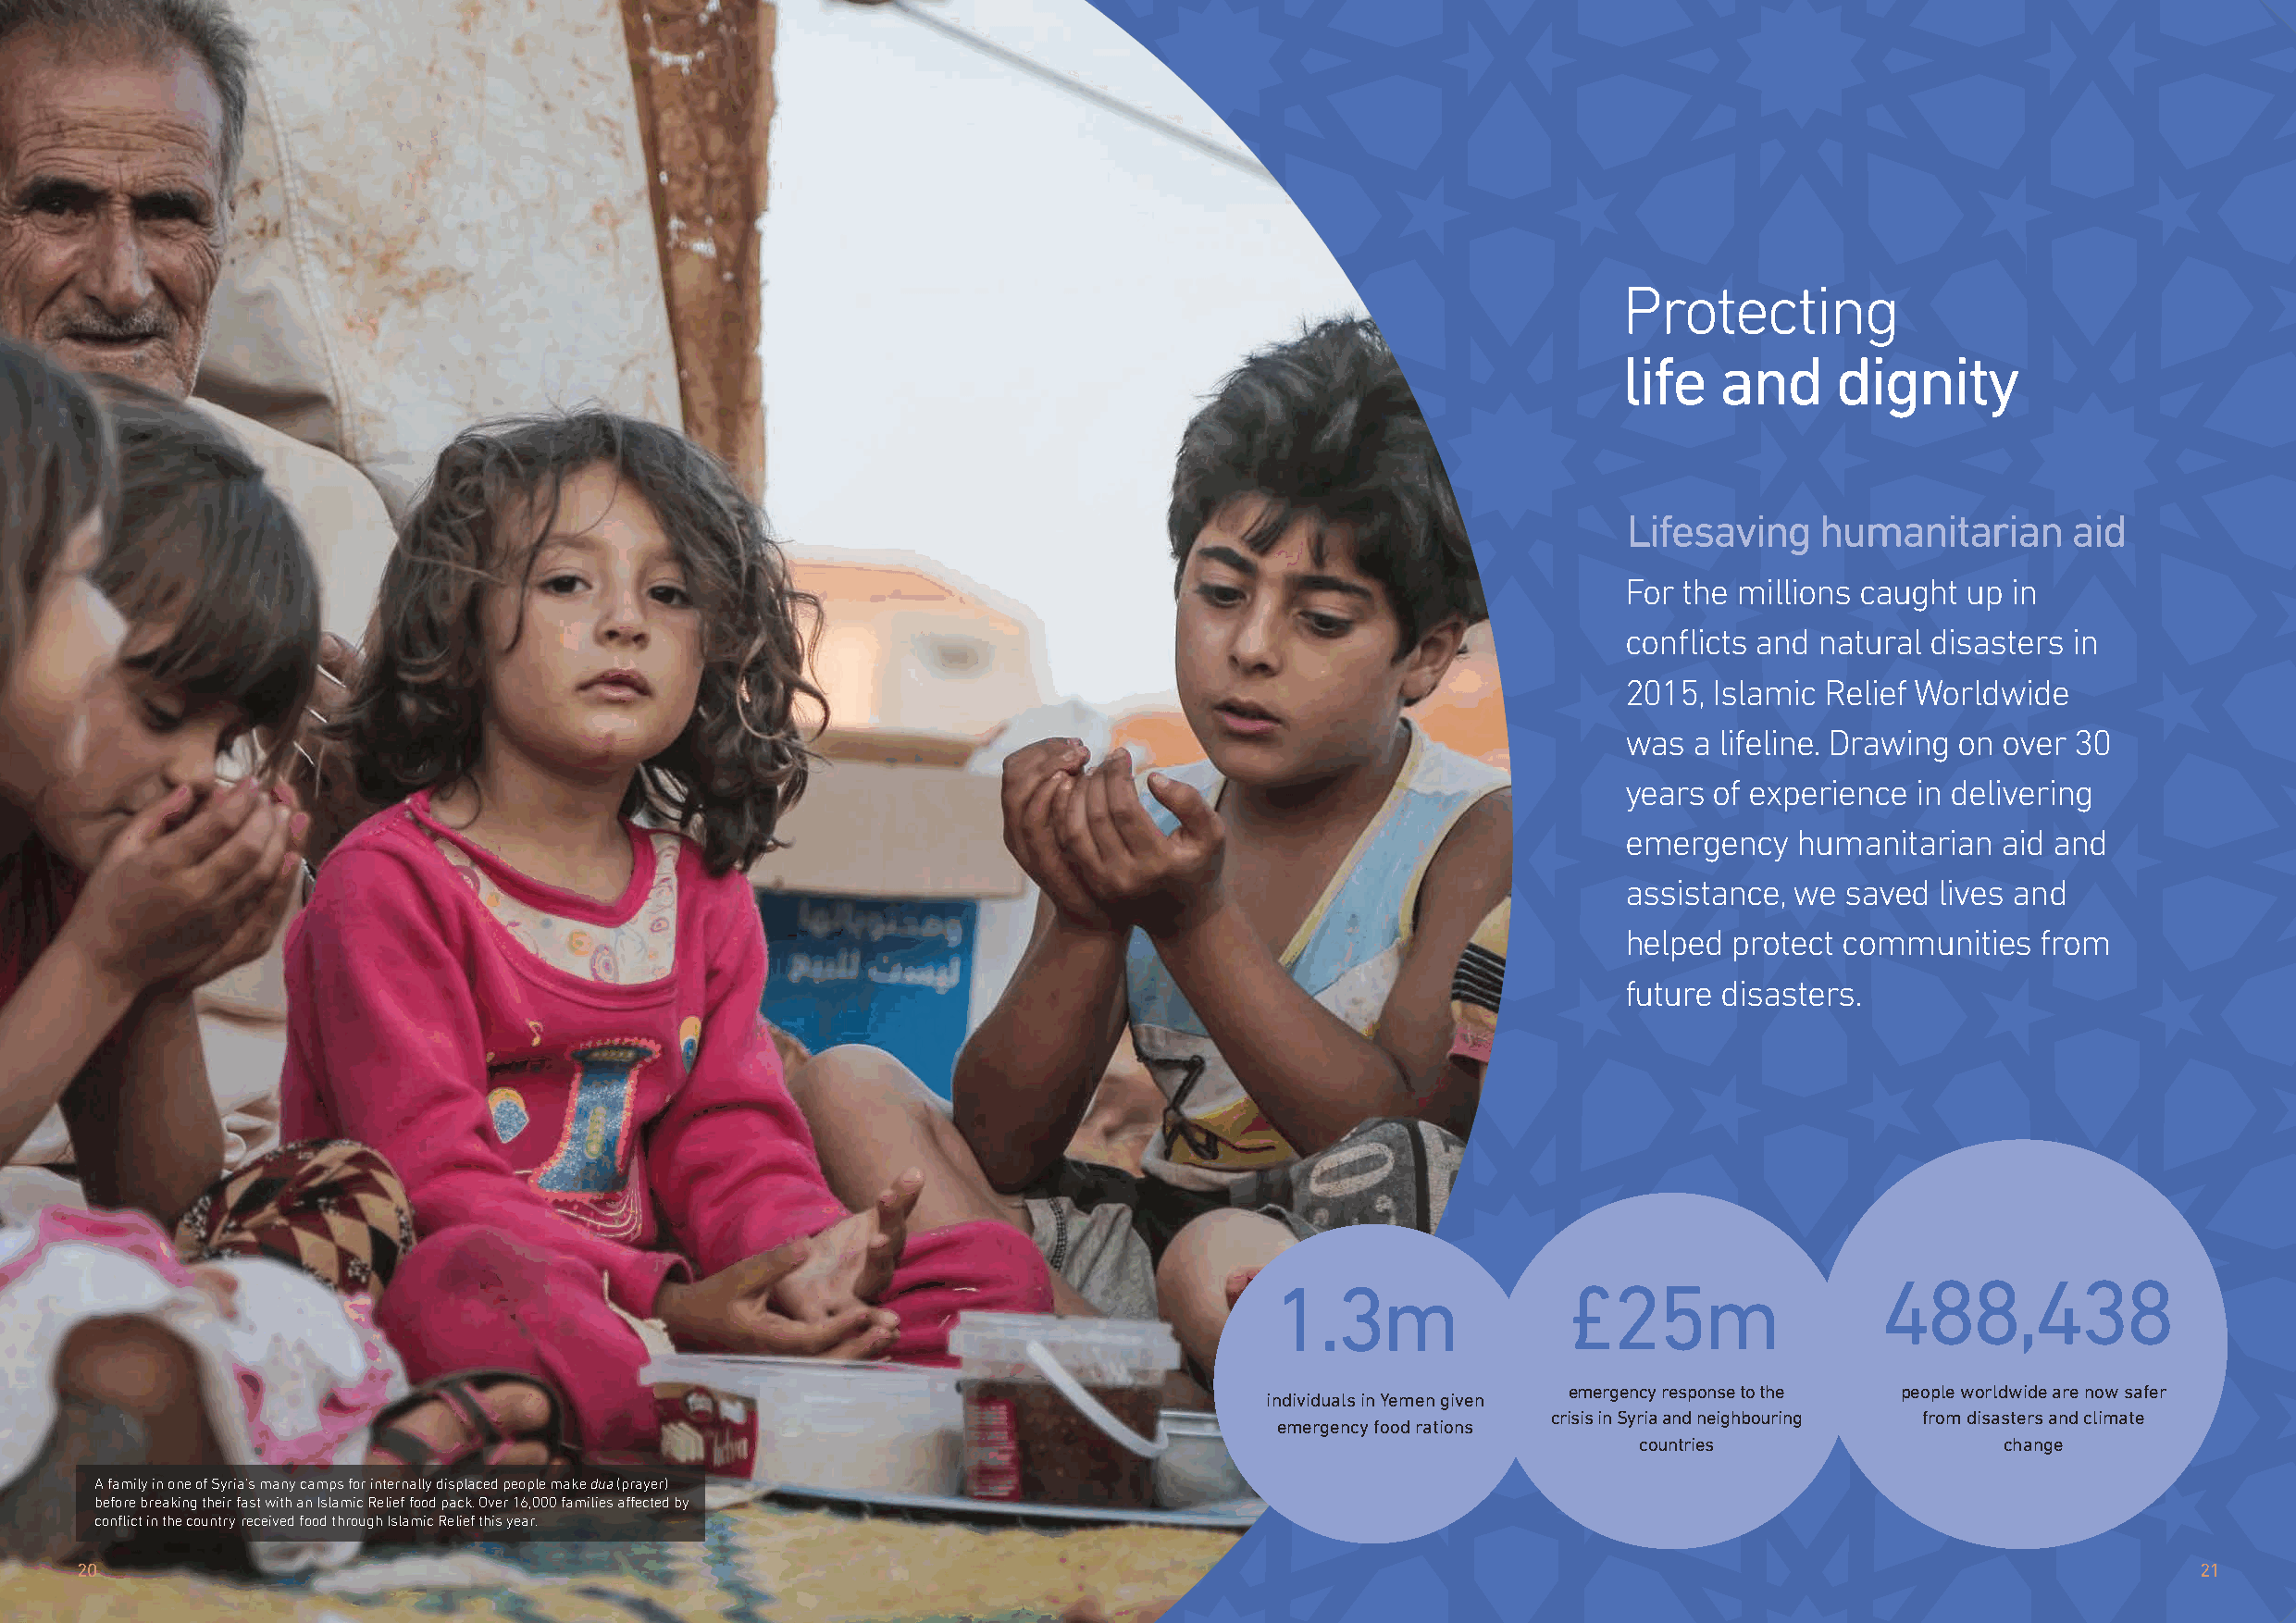
Protecting
 life   and     dignity
 Lifesaving    humanitarian      aid
 For the millions caught  up in
 conflicts and natural disasters in
 2015, Islamic  Relief Worldwide
 was  a lifeline. Drawing on over 30
 years  of experience in delivering
 emergency   humanitarian   aid and
 assistance, we  saved  lives and
 helped  protect communities   from
 future disasters.
 1.3m                 £25m                   488,438
 emergency response to the people worldwide are now safer
 individuals in Yemen given
 crisis in Syria and neighbouring from disasters and climate
 emergency food rations
 countries                 change
 A family in one of Syria’s many camps for internally displaced people make dua (prayer)
 before breaking their fast with an Islamic Relief food pack. Over 16,000 families affected by
 conflict in the country received food through Islamic Relief this year.
 20                                                                                                                                                      21